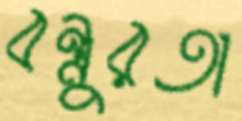
বন্ধুরতা